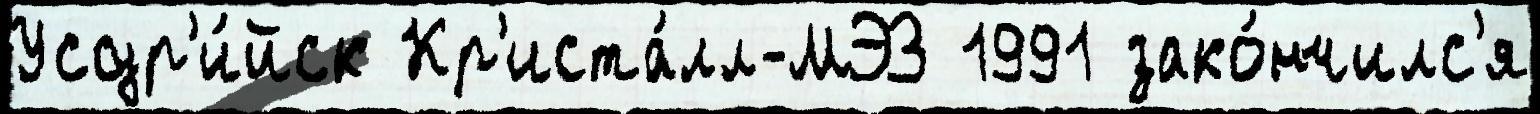
Уссур'и́йск Кр'иста́лл-МЭЗ 1991 зако́нчилс'я